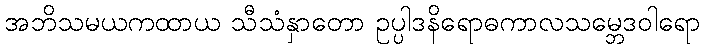
အဘိသမယကထာယ သီသံနှာတော ဥပ္ပါဒနိရောဓကာလသမ္ဘေဒဝါရော